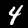
Label: 4